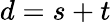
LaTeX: d=s+t